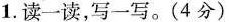
1.读一读，写一写。(4分)